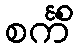
စင်္ကိံ